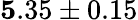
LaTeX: {\mathbf 5.35\pm 0.15}